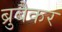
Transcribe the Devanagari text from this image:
ब्रुबैकर